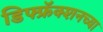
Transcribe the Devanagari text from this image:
डिफ्फ्रॅक्शनच्या